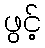
ဖွင့်